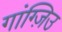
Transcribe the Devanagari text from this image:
गांग्ज़िउ